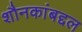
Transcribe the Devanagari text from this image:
शौनकांबद्दल